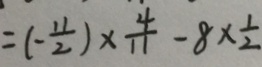
= ( - \frac { 1 1 } { 2 } ) \times \frac { 4 } { 1 1 } - 8 \times \frac { 1 } { 2 }